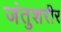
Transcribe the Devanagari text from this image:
जंतुशरीर